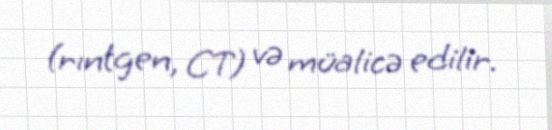
(rıntgen, CT) və müalicə edilir.